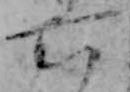
六